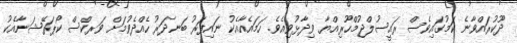
ދޫކުރައްވާނެ ކަމުގައިވެސް ރައީސުލްޖުމްހޫރިއްޔާ ވިދާޅުވިއެވެ. ހަމައެއާއެކު ނައިފަރު ބަނދަރު ހެއްދެވުމަށް ވަރކްސް ކޯޕަރޭޝަނާއެކު